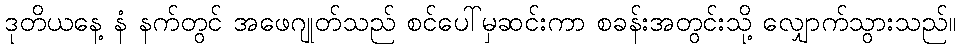
ဒုတိယနေ့ နံ နက်တွင် အဖေဂျုတ်သည် စင်ပေါ်မှဆင်းကာ စခန်းအတွင်းသို့ လျှောက်သွားသည်။